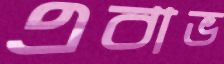
এবাভ